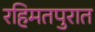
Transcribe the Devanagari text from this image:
रहिमतपुरात